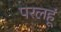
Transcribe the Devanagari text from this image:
परलहूं